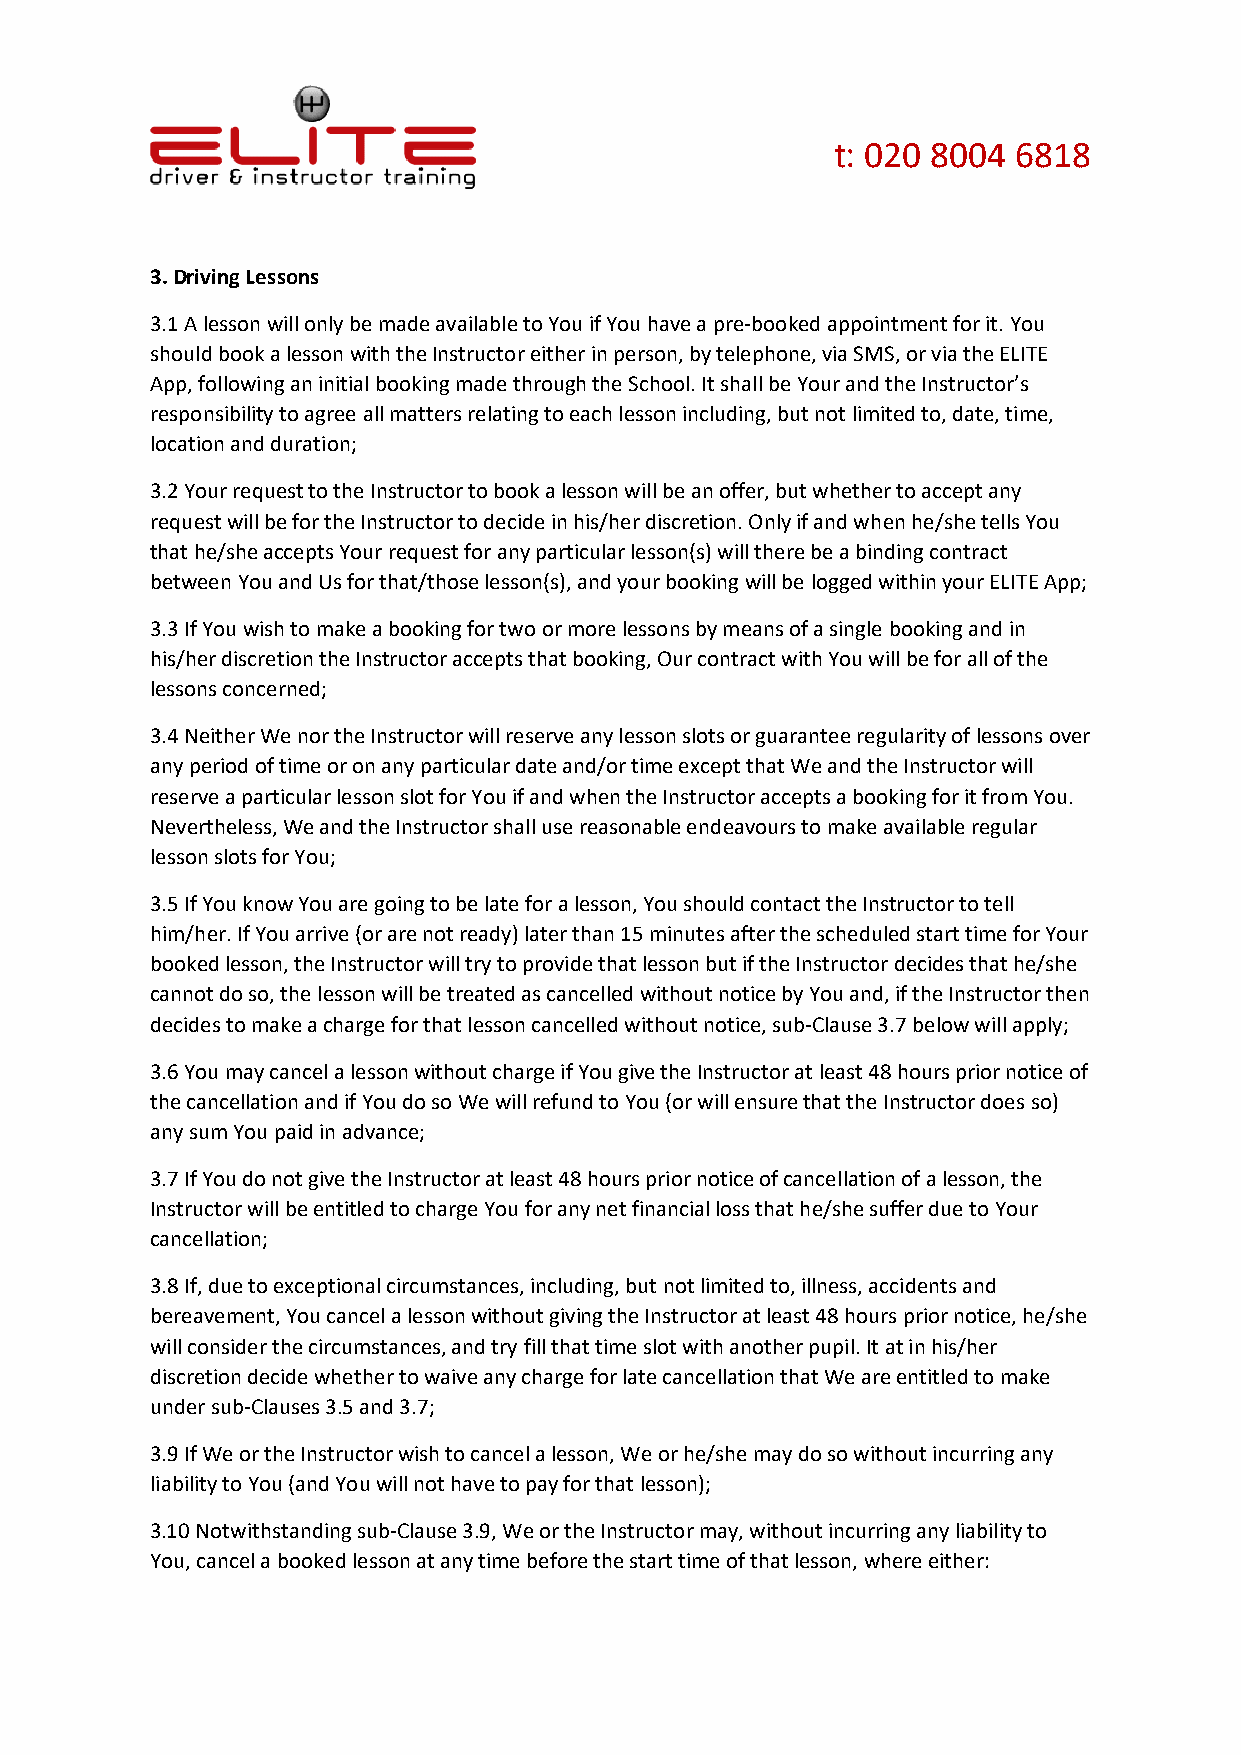
t: 020 8004 6818
 3. Driving Lessons
 3.1 A lesson will only be made available to You if You have a pre-booked appointment for it. You
 should book a lesson with the Instructor either in person, by telephone, via SMS, or via the ELITE
 App, following an initial booking made through the School. It shall be Your and the Instructor’s
 responsibility to agree all matters relating to each lesson including, but not limited to, date, time,
 location and duration;
 3.2 Your request to the Instructor to book a lesson will be an offer, but whether to accept any
 request will be for the Instructor to decide in his/her discretion. Only if and when he/she tells You
 that he/she accepts Your request for any particular lesson(s) will there be a binding contract
 between You and Us for that/those lesson(s), and your booking will be logged within your ELITE App;
 3.3 If You wish to make a booking for two or more lessons by means of a single booking and in
 his/her discretion the Instructor accepts that booking, Our contract with You will be for all of the
 lessons concerned;
 3.4 Neither We nor the Instructor will reserve any lesson slots or guarantee regularity of lessons over
 any period of time or on any particular date and/or time except that We and the Instructor will
 reserve a particular lesson slot for You if and when the Instructor accepts a booking for it from You.
 Nevertheless, We and the Instructor shall use reasonable endeavours to make available regular
 lesson slots for You;
 3.5 If You know You are going to be late for a lesson, You should contact the Instructor to tell
 him/her. If You arrive (or are not ready) later than 15 minutes after the scheduled start time for Your
 booked lesson, the Instructor will try to provide that lesson but if the Instructor decides that he/she
 cannot do so, the lesson will be treated as cancelled without notice by You and, if the Instructor then
 decides to make a charge for that lesson cancelled without notice, sub-Clause 3.7 below will apply;
 3.6 You may cancel a lesson without charge if You give the Instructor at least 48 hours prior notice of
 the cancellation and if You do so We will refund to You (or will ensure that the Instructor does so)
 any sum You paid in advance;
 3.7 If You do not give the Instructor at least 48 hours prior notice of cancellation of a lesson, the
 Instructor will be entitled to charge You for any net financial loss that he/she suffer due to Your
 cancellation;
 3.8 If, due to exceptional circumstances, including, but not limited to, illness, accidents and
 bereavement, You cancel a lesson without giving the Instructor at least 48 hours prior notice, he/she
 will consider the circumstances, and try fill that time slot with another pupil. It at in his/her
 discretion decide whether to waive any charge for late cancellation that We are entitled to make
 under sub-Clauses 3.5 and 3.7;
 3.9 If We or the Instructor wish to cancel a lesson, We or he/she may do so without incurring any
 liability to You (and You will not have to pay for that lesson);
 3.10 Notwithstanding sub-Clause 3.9, We or the Instructor may, without incurring any liability to
 You, cancel a booked lesson at any time before the start time of that lesson, where either: